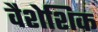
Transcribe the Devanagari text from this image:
वैशेशिक